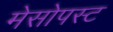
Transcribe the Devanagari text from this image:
मेसोपस्ट